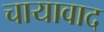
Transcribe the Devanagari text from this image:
चायावाद